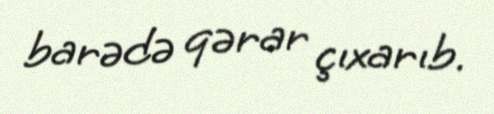
barədə qərar çıxarıb.